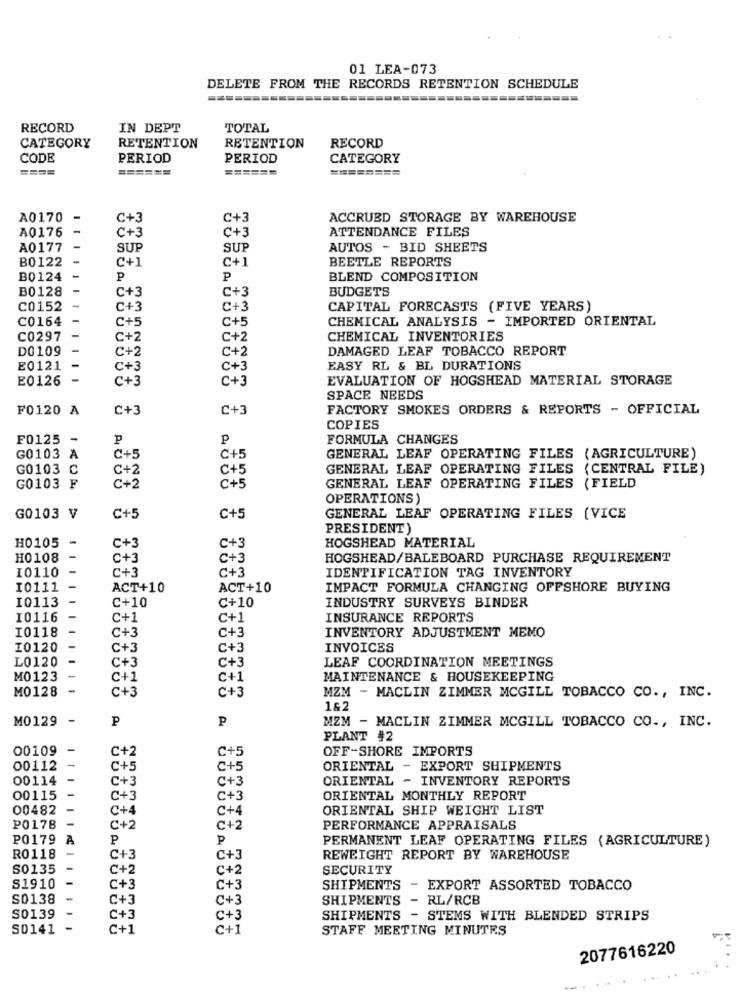
01 LEA-073
DELETE FROM THE RECORDS RETENTION SCHEDULE
RECORD
IN DEPT
TOTAL
CATEGORY
RETENTION
RETENTION
RECORD
CODE
PERIOD
PERIOD
CATEGORY
====
======
======
========
A0170
-
C+3
C+3
ACCRUED STORAGE BY WAREHOUSE
A0176
C + 3
C+3
ATTENDANCE FILES
A0177
SUP
SUP
AUTOS - BID SHEETS
B0122
C+1
C+1
BEETLE REPORTS
B0124
P
P
BLEND COMPOSITION
B0128
C+3
BUDGETS
C+3
C0152
C+3
C+3
CAPITAL FORECASTS (FIVE YEARS)
C0164
C+5
C+5
CHEMICAL ANALYSIS - IMPORTED ORIENTAL
C0297
C+2
C+2
CHEMICAL INVENTORIES
DO109
C+2
C+2
DAMAGED LEAF TOBACCO REPORT
E0121
C+3
C+3
EASY RL & BL DURATIONS
E0126
C + 3
C + 3
EVALUATION OF HOGSHEAD MATERIAL STORAGE
SPACE NEEDS
F0120 A
C+3
C+3
FACTORY SMOKES ORDERS & REPORTS - OFFICIAL
COPIES
F0125 -
p
P
FORMULA CHANGES
G01032
C+5
C+5
GENERAL LEAF OPERATING FILES (AGRICULTURE)
G0103 C
C+2
C+5
GENERAL LEAF OPERATING FILES (CENTRAL FILE)
G0103 F
C+2
C+5
GENERAL LEAF OPERATING FILES (FIELD
OPERATIONS)
G0103 V
C+5
C+5
GENERAL LEAF OPERATING FILES (VICE
PRESIDENT)
H0105
HOGSHEAD MATERIAL
C+3
C+3
H0108
C + 3
C+3
HOGSHEAD/BALEBOARD PURCHASE REQUIREMENT
I0110
C+3
C+3
IDENTIFICATION TAG INVENTORY
I0111
ACT+10
ACT+10
IMPACT FORMULA CHANGING OFFSHORE BUYING
10113
C+10
C+10
INDUSTRY SURVEYS BINDER
10116
C+1
C+1
INSURANCE REPORTS
10118
C+3
INVENTORY ADJUSTMENT MEMO
C+3
I0120
C+3
C+3
INVOICES
L0120
C+3
LEAF COORDINATION MEETINGS
C+3
M0123
c +1
C+1
MAINTENANCE & HOUSEKEEPING
M0128
C+3
C+3
MZM - MACLIN ZIMMER MCGILL TOBACCO CO ., INC.
1&2
M0129
P
P
MZM - MACLIN ZIMMER MCGILL TOBACCO CO ., INC.
PLANT #2
00109
C+5
OFF-SHORE IMPORTS
C+2
00112
C +5
C+5
ORIENTAL - EXPORT SHIPMENTS
00114
C+3
ORIENTAL - INVENTORY REPORTS
C+3
00115
C+3
C+3
ORIENTAL MONTHLY REPORT
00482
C+4
C+4
ORIENTAL SHIP WEIGHT LIST
20178
C+2
C+2
PERFORMANCE APPRAISALS
P0179 A
P
P
PERMANENT LEAF OPERATING FILES (AGRICULTURE)
R0118
C+3
C+3
REWEIGHT REPORT BY WAREHOUSE
S0135
C+2
C+2
SECURITY
S1910
C+3
C+3
SHIPMENTS - EXPORT ASSORTED TOBACCO
S0138
C + 3
C + 3
SHIPMENTS
- RL/RCB
S0139
C+3
C + 3
SHIPMENTS - STEMS WITH BLENDED STRIPS
S0141 -
c+1
C+1
STAFF MEETING MINUTES
2077616220